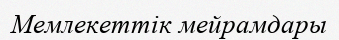
Мемлекеттік мейрамдары